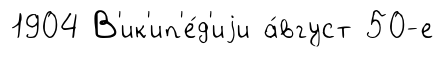
1904 В'ик'ип'е́д'иjи а́вгуст 50-е